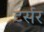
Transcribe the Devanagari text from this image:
टर्सर